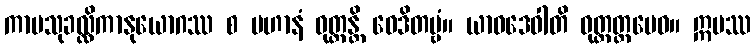
ကာမသုခလ္လိကာနုယောဂဿ စ ပဟာနံ ဝုတ္တန္တိ ဝေဒိတဗ္ဗံ။ ယာဝဒေဝါတိ ဝုတ္တတ္ထမေဝ။ ဣမဿ